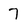
Character: 7